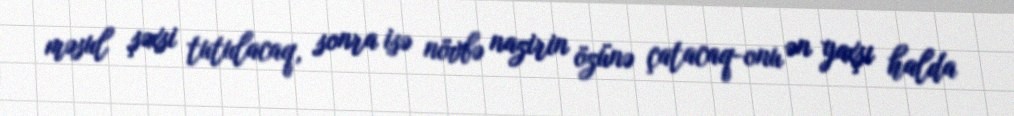
məsul şəxsi tutulacaq, sonra isə növbə nazirin özünə çatacaq-onu ən yaxşı halda